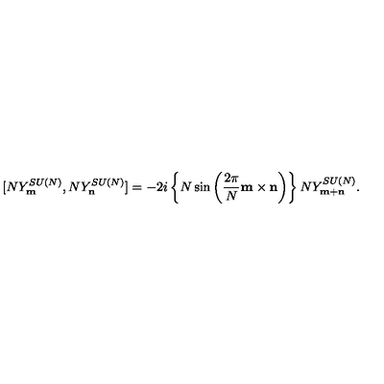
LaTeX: [ N Y _ { \bf m } ^ { S U ( N ) } , N Y _ { \bf n } ^ { S U ( N ) } ] = - 2 i \left\{ N \sin \left( \frac { 2 \pi } { N } { \bf m \times n } \right) \right\} N Y _ { \bf m + n } ^ { S U ( N ) } .